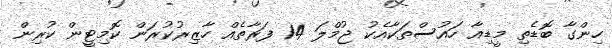
ހިންގާ ބޮޑެތި މީޑިއާ ހައުސްތަކާއެކު ޖުމްލަ 14 ފަރާތެއް ހާޒިރުކުރަން ކޮމިޓީން ކުރިން